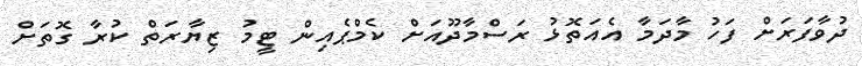
ދުވާފަރަށް ފަހު މާދަމާ އެއަތޮޅު ރަސްމާދޫއަށް ކެމްޕެއިން ޓީމު ޒިޔާރަތް ކުރާ ގޮތަށް